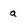
Character: a